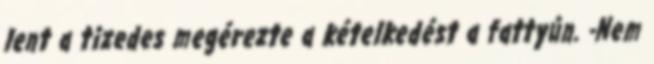
lent a tizedes megérezte a kételkedést a fattyún. -Nem